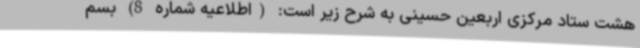
هشت ستاد مرکزی اربعین حسینی به شرح زیر است: (اطلاعیه شماره 8) بسم